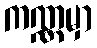
ကဏ္ဏမှာ